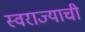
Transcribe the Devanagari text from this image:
स्‍वराज्याची